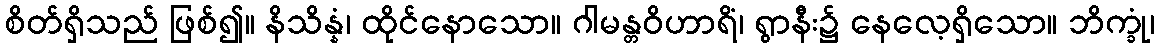
စိတ်ရှိသည် ဖြစ်၍။ နိသိန္နံ၊ ထိုင်နောသော။ ဂါမန္တဝိဟာရိံ၊ ရွာနီး၌ နေလေ့ရှိသော။ ဘိက္ခုံ၊